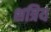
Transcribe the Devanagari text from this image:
शत्रिय